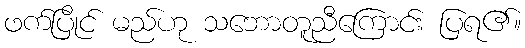
ဖက်ပြိုင် မည်ဟု သဘောတူညီကြောင်း ပြရ၏။